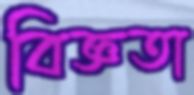
বিজ্ঞতা